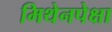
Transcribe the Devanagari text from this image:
मिथेनपेक्षा